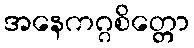
အနေကဂ္ဂစိတ္တော